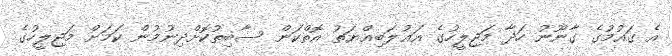
އެ ގައުމުގެ ގާނޫނު ހަދާ މަޖިލީހުގެ އަޣުލަބިއްޔަތު އޮތްކަން ސާބިތުކޮށްދިނުމުން ކަމަށް މަޖިލީހުގެ